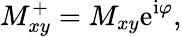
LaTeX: M_{xy}^{+}=M_{xy}\mathrm{e}^{\mathrm{i}\varphi},